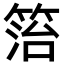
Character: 箈